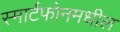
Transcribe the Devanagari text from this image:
स्मार्टफोनमधील